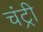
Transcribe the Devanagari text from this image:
चंट्री